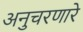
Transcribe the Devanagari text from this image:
अनुचरणारे